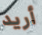
أريد